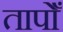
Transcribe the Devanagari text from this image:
तापोँ